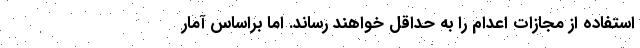
استفاده از مجازات اعدام را به حداقل خواهند رساند. اما براساس آمار